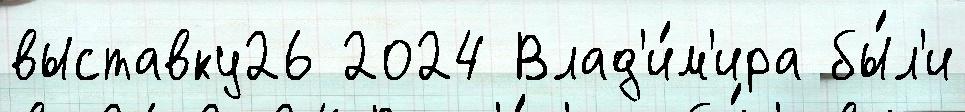
выставку26 2024 Влад'и́м'ира бы́л'и